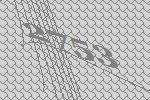
2753